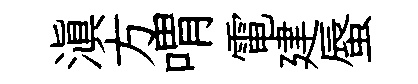
滇方喟電建蜃